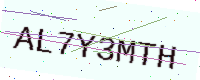
Text: AL7Y3MTH